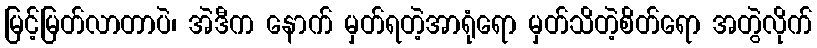
မြင့်မြတ်လာတာပဲ၊ အဲဒီက နောက် မှတ်ရတဲ့အာရုံရော မှတ်သိတဲ့စိတ်ရော အတွဲလိုက်